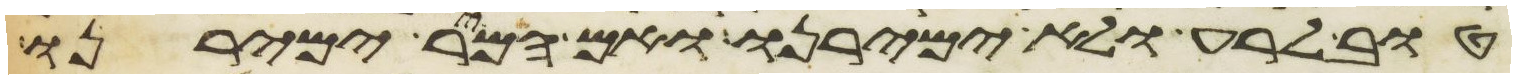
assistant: טוב לרע ולא ימירנו ואם המר ימירנו